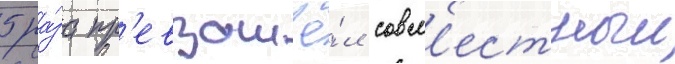
5 ра́за пр'евзошё́л совм'естныи